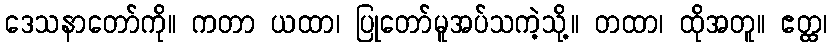
ဒေသနာတော်ကို။ ကတာ ယထာ၊ ပြုတော်မူအပ်သကဲ့သို့။ တထာ၊ ထိုအတူ။ ဧတ္ထ၊